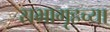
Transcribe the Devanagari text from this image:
सभागृहच्या